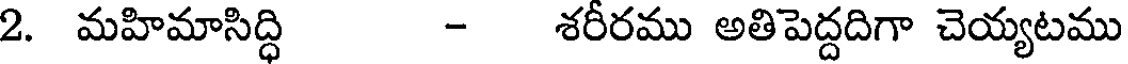
2. మహిమాసిద్ధి - శరీరము అతిపెద్దదిగా చెయ్యటము